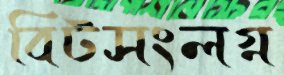
বিটসংলগ্ন